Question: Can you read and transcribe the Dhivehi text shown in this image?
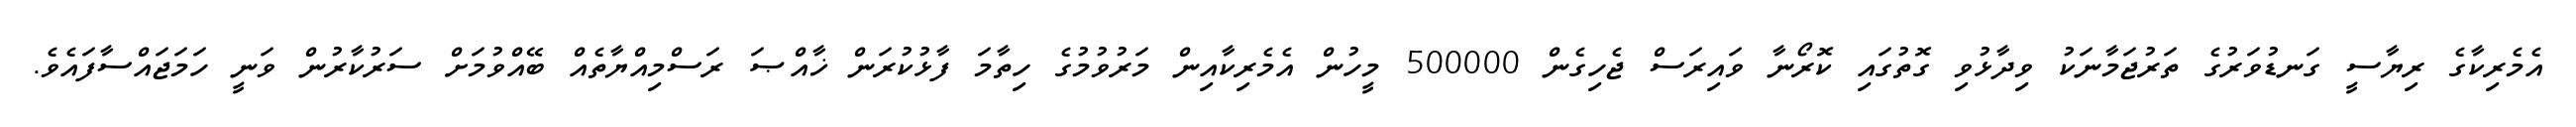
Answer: އެމެރިކާގެ ރިޔާސީ ގަނޑުވަރުގެ ތަރުޖަމާނަކު ވިދާޅުވި ގޮތުގައި ކޮރޯނާ ވައިރަސް ޖެހިގެން 500000 މީހުން އެމެރިކާއިން މަރުވުމުގެ ހިތާމަ ފާޅުކުރަން ޚާއްޞަ ރަސްމިއްޔާތެއް ބޭއްވުމަށް ސަރުކާރުން ވަނީ ހަމަޖައްސާފައެވެ.